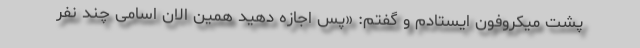
پشت میکروفون ایستادم و گفتم: «پس اجازه دهید همین الان اسامی چند نفر